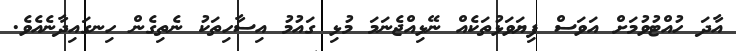
އާދަ ހުއްޓުވުމަށް އަވަސް ފިޔަވަޅުތަކެއް ނޭޅިއްޖެނަމަ މުޅި ގައުމު އިސާހިތަކު ނެތިގެން ހިނގައިދާނެއެވެ.